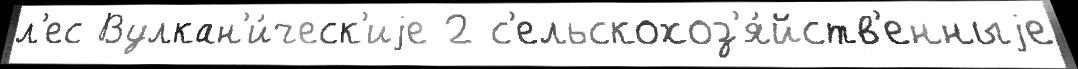
л'ес Вулкан'и́ческ'иjе 2 с'ельскохоз'я́йств'енныjе